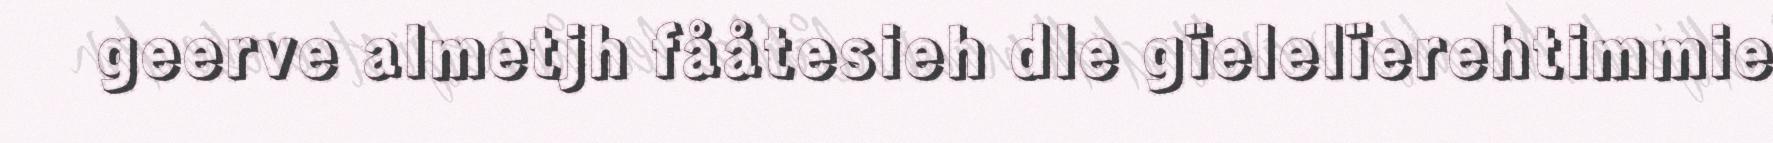
geerve almetjh fååtesieh dle gïelelïerehtimmie